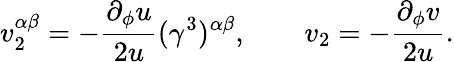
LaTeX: v_{2}^{\alpha\beta}=-\frac{\partial_{\phi}u}{2u}(\gamma^{3})^{\alpha\beta},\qquad v_{2}=-\frac{\partial_{\phi}v}{2u}.